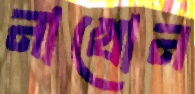
নাখোন